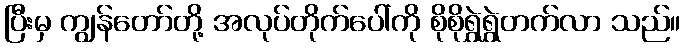
ပြီးမှ ကျွန်တော်တို့ အလုပ်တိုက်ပေါ်ကို စိုစိုရွှဲရွှဲတက်လာ သည်။